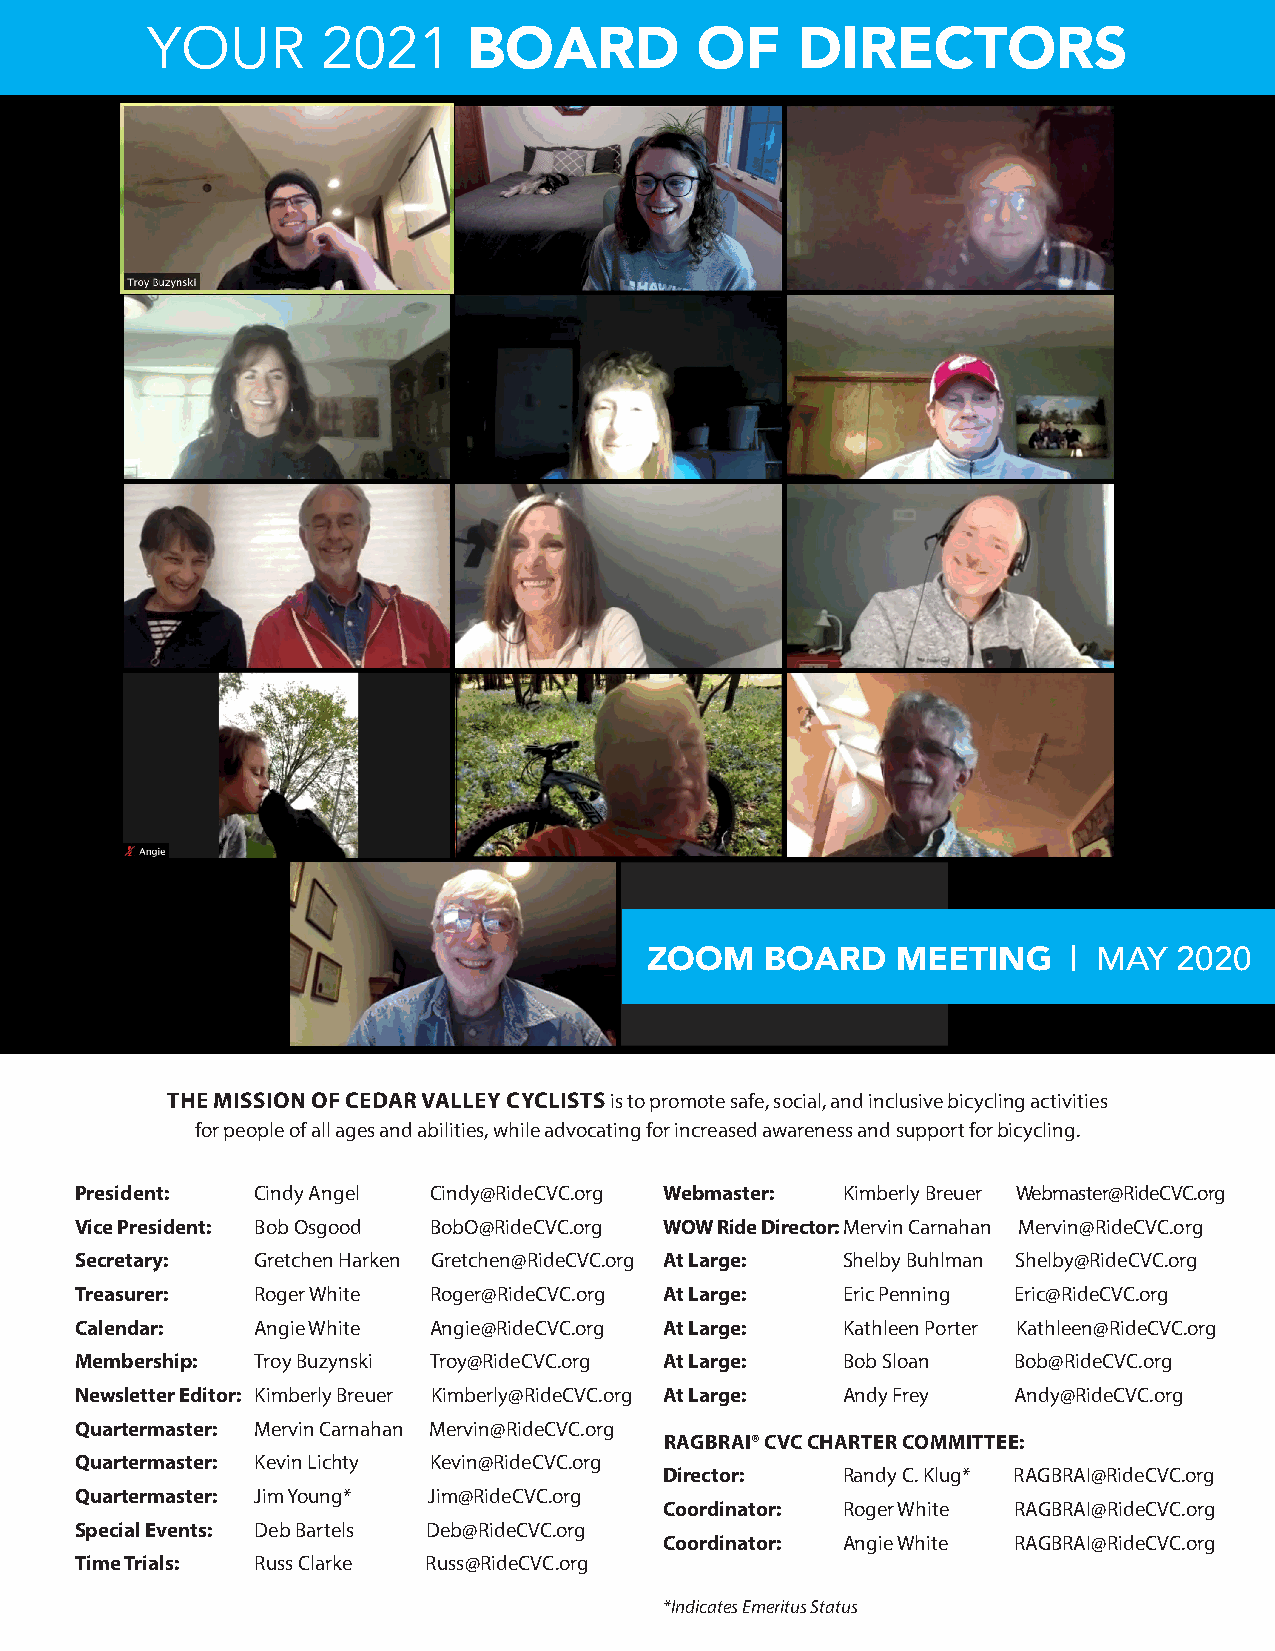
YOUR       2021
 BOARD          OF     DIRECTORS
 ZOOM    BOARD   MEETING     | MAY  2020
 THE MISSION OF CEDAR VALLEY CYCLISTS is to promote safe, social, and inclusive bicycling activities
 for people of all ages and abilities, while advocating for increased awareness and support for bicycling.
 President:  Cindy Angel Cindy@RideCVC.org Webmaster: Kimberly Breuer Webmaster@RideCVC.org
 Vice President: Bob Osgood BobO@RideCVC.org WOW Ride Director: Mervin Carnahan Mervin@RideCVC.org
 Secretary:  Gretchen Harken Gretchen@RideCVC.org At Large: Shelby Buhlman Shelby@RideCVC.org
 Treasurer:  Roger White Roger@RideCVC.org At Large: Eric Penning Eric@RideCVC.org
 Calendar:   Angie White Angie@RideCVC.org At Large: Kathleen Porter Kathleen@RideCVC.org
 Membership: Troy Buzynski Troy@RideCVC.org At Large: Bob Sloan Bob@RideCVC.org
 Newsletter Editor: Kimberly Breuer Kimberly@RideCVC.org At Large: Andy Frey Andy@RideCVC.org
 Quartermaster: Mervin Carnahan Mervin@RideCVC.org
 RAGBRAI® CVC CHARTER COMMITTEE:
 Quartermaster: Kevin Lichty Kevin@RideCVC.org
 Director:   Randy C. Klug* RAGBRAI@RideCVC.org
 Quartermaster: Jim Young* Jim@RideCVC.org
 Coordinator: Roger White RAGBRAI@RideCVC.org
 Special Events: Deb Bartels Deb@RideCVC.org
 Coordinator: Angie White RAGBRAI@RideCVC.org
 Time Trials: Russ Clarke Russ@RideCVC.org
 *Indicates Emeritus Status